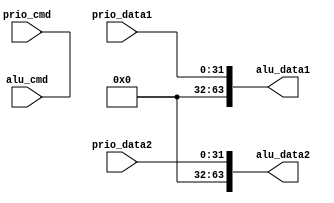
module alu_input_stage (alu_data1, alu_data2, prio_cmd, prio_data1, prio_data2, alu_cmd);

   output [0:63] alu_data1, alu_data2;

   input [0:3] 	 prio_cmd, alu_cmd;
   
   input [0:31]  prio_data1, prio_data2;

   assign 	 alu_data1[32:63] = prio_data1[0:31];
   assign 	 alu_data2[32:63] = prio_data2[0:31];

   assign 	 alu_data1[0:31] = 32'b0;
   assign 	 alu_data2[0:31] = 32'b0;

   assign 	 alu_cmd[0:3] = prio_cmd[0:3];
   
endmodule // alu_input_stage